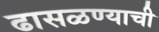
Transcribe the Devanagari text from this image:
ढासळण्याची